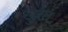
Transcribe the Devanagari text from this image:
खुरल